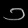
Digit: ၁